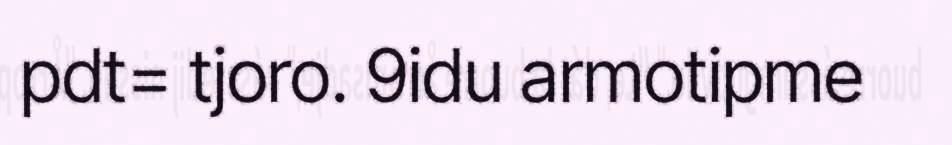
pdt= tjoro. 9idu armotipme